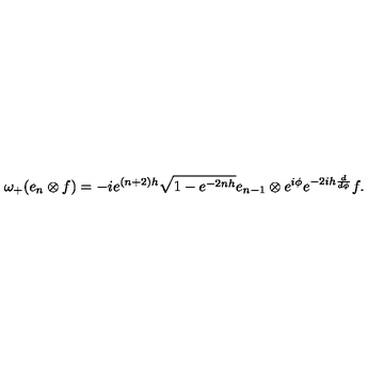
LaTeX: \omega _ { + } ( e _ { n } \otimes f ) = - i e ^ { ( n + 2 ) h } \sqrt { 1 - e ^ { - 2 n h } } e _ { n - 1 } \otimes e ^ { i \phi } e ^ { - 2 i h \frac { d } { d \phi } } f .